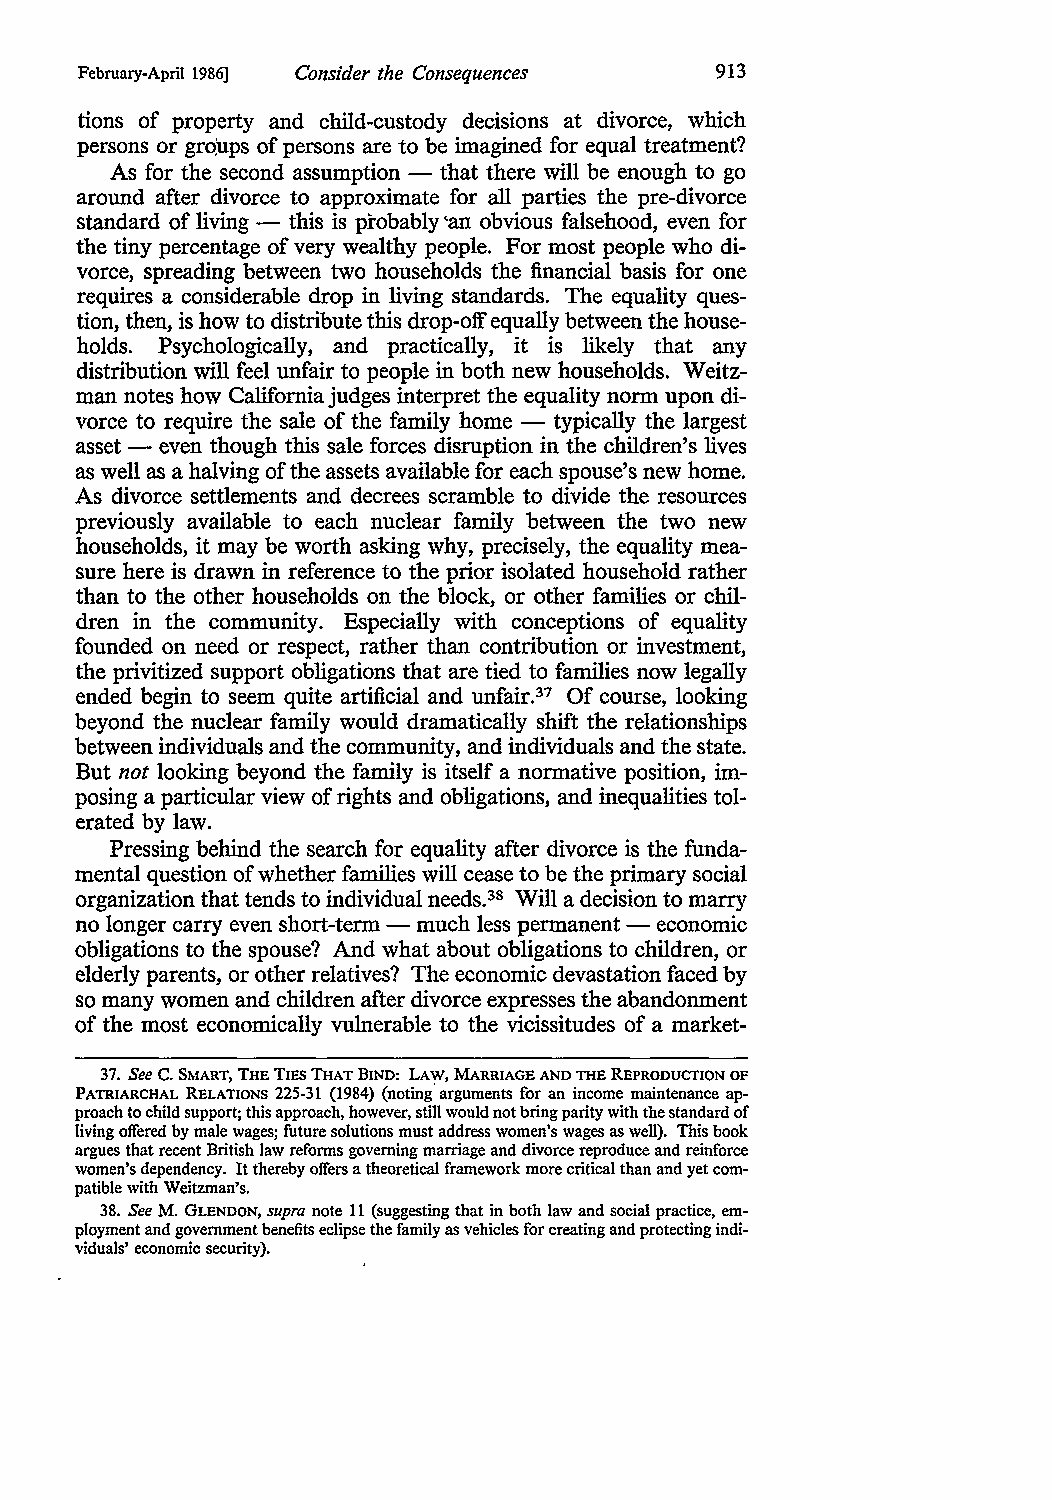
February-April 1986] Consider the Consequences 913
 tions of property and child-custody decisions at divorce, which
 persons or grq'ups of persons are to be imagined for equal treatment?
 As for the second assumption - that there will be enough to go
 around after divorce to approximate for all parties the pre-divorce
 standard of living - this is probably 'an obvious falsehood, even for
 the tiny percentage of very wealthy people. For most people who di
 vorce, spreading between two households the financial basis for one
 requires a considerable drop in living standards. The equality ques
 tion, then, is how to distribute this drop-off equally between the house
 holds. Psychologically, and practically, it is likely that any
 distribution will feel unfair to people in both new households. Weitz
 man notes how California judges interpret the equality norm upon di
 vorce to require the sale of the family home - typically the largest
 asset - even though this sale forces disruption in the children's lives
 as well as a halving of the assets available for each spouse's new home.
 As divorce settlements and decrees scramble to divide the resources
 previously available to each nuclear family between the two new
 households, it may be worth asking why, precisely, the equality mea
 sure here is drawn in reference to the prior isolated household rather
 than to the other households on the block, or other families or chil
 dren in the community. Especially with conceptions of equality
 founded on need or respect, rather than contribution or investment,
 the privitized support obligations that are tied to families now legally
 ended begin to seem quite artificial and unfair. 37 Of course, looking
 beyond the nuclear family would dramatically shift the relationships
 between individuals and the community, and individuals and the state.
 But not looking beyond the family is itself a normative position, im
 posing a particular view of rights and obligations, and inequalities tol
 erated by law.
 Pressing behind the search for equality after divorce is the funda
 mental question of whether families will cease to be the primary social
 organization that tends to individual needs. 38 Will a decision to marry
 no longer carry even short-term - much less permanent - economic
 obligations to the spouse? And what about obligations to children, or
 elderly parents, or other relatives? The economic devastation faced by
 so many women and children after divorce expresses the abandonment
 of the most economically vulnerable to the vicissitudes of a market-
 37. See c. SMART, THE TIES THAT BIND: LAW, MARRIAGE AND THE REPRODUCTION OF
 PATRIARCHAL RELATIONS 225-31 (1984) (noting. arguments for an income maintenance ap
 proach to child support; this approach, however, still would not bring parity with the standard of
 living offered by male wages; future solutions must address women's wages as well). This book
 argues that recent British law reforms governing marriage and divorce reproduce and reinforce
 women's dependency. It thereby offers a theoretical framework more critical than and yet com
 patible with Weitzman's.
 38. See M. GLENDON, supra note 11 (suggesting that in both law and social practice, em
 ployment and government benefits eclipse the family as vehicles for creating and protecting indi
 viduals' economic security).